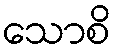
သောစိ